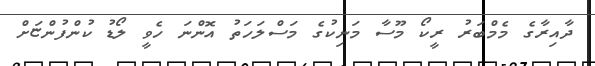
ދާއިރާގެ މެމްބަރު ރީކޯ މޫސާ މަނިކުގެ މަސްލަހަތު އޮންނަ ހެވީ ލޯޑު ކުންފުންޏަށް